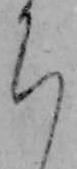
ち